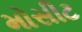
મોસીટ